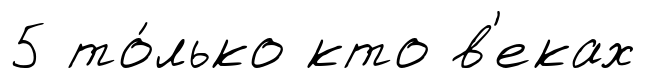
5 то́лько кто в'еках